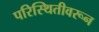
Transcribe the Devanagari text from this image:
परिस्थितीवरून